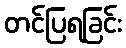
တင်ပြရခြင်း